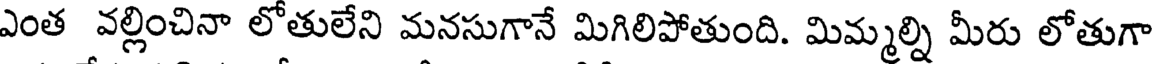
ఎంత వల్లించినా లోతులేని మనసుగానే మిగిలిపోతుంది. మిమ్మల్ని మీరు లోతుగా